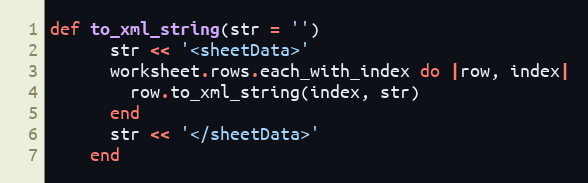
Language: Ruby
def to_xml_string(str = '')
      str << '<sheetData>'
      worksheet.rows.each_with_index do |row, index|
        row.to_xml_string(index, str)
      end
      str << '</sheetData>'
    end